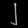
Digit: ၂